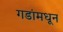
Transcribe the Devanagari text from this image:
गडांमधून